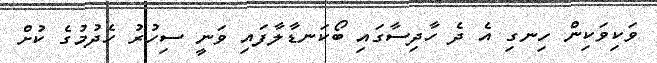
ވަކިވަކިން ހިނގި އެ ދެ ހާދިސާގައި ބޯކަނޑާލާފައި ވަނީ ސިހުރު ހެދުމުގެ ކުށް